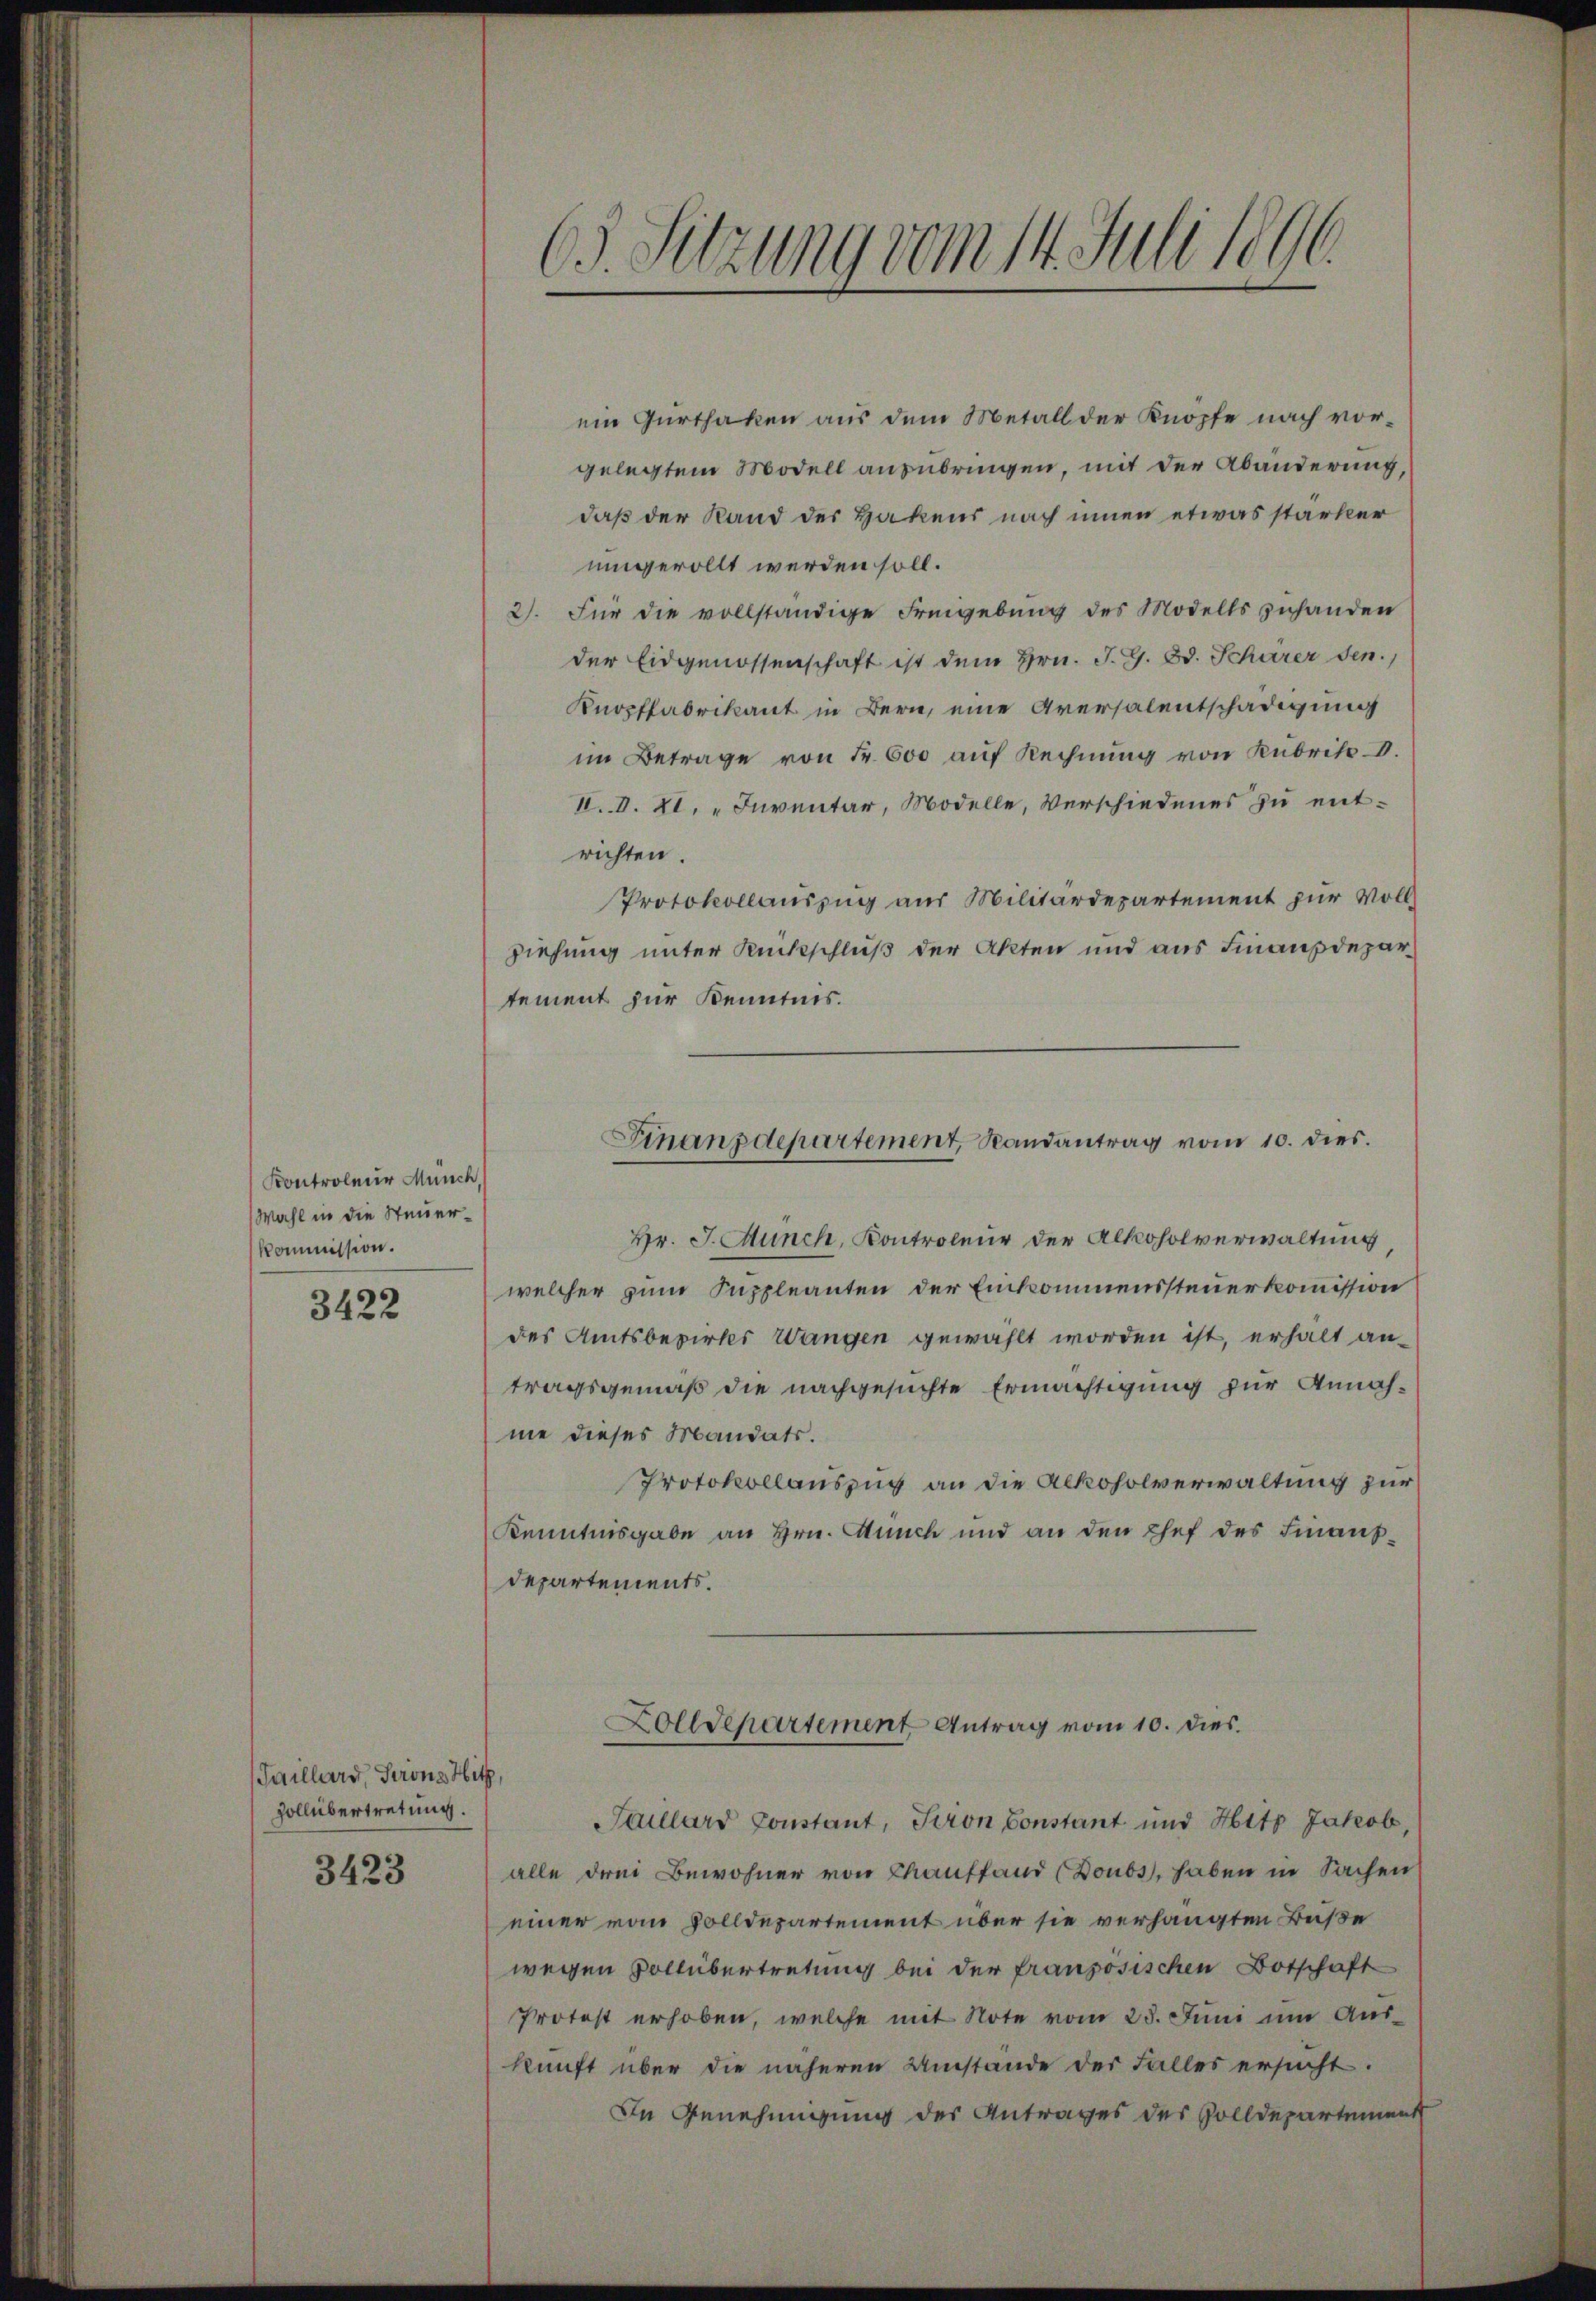
Kontroleur Münch,
Wahl in die Steuer¬
Kommission.

3422

Taillars, Serons Hitz,
Zollübertretung.

3423

65. Sitzung vom 14. Juli 1896.

ein Gurthaken aus dem Metall der Knöpfe nach vorgelegtem Modell anzubringen, mit der Abänderung,
daß der Rand der Hakens nach innen etwas starker
umverollt werden soll.
2). Für die vollständige Freigebung des Modells zuhanden
der Eidgenossenschaft ist dem Hrn. J. G. Bd. Schärer sen.
Knopffabrikant in Bern, eine Aversalentschädigung
im Betrage von Fr. 600 auf Rechnung von Kubrik V.
II.V. XI. „Inventar, Modelle, Verschiedenes zu entrichten.
Protokollauszug aus Militärdepartement zur Voll
ziehung unter Rückschluß der Akten und aus Finanzdepartement zur Kenntnis.
Hr. J. Münch, Kontroleur der Alkoholverwaltung
welcher zum Suppleanten der Einkommenssteuerkommission
des Amtsbezirkes Wangen gewählt worden ist, erhalt an-
tragsgemäß die nachgesuchte Ermächtigung für Annahme dieses Mandats.
Protokollauszug an die Alkoholverwaltung zur
Kenntnisgabe an Hrn. Auch und an den Chef des Finanzdepartements.
Zolldepartement Antrag vom 10. dies
Taillard Constant, Seron Constant und Hitz Jakob
alle drei Bewohner von Chauffand (Doubs, haben in Sachen
einer vom Solldepartement über sie verhängten Baße
wegen Vollübertretung bei der französischen Botschaft
Protest erhoben, welche mit Note vom 23. Juni um Aus-
kunft über die näheren Umstände der Falles ersucht.
In Genehmigung des Antrages des Zolldepartement

Finanzdepartement, Randantrag vom 10. dies.